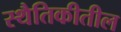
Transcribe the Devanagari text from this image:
स्थैतिकीतील